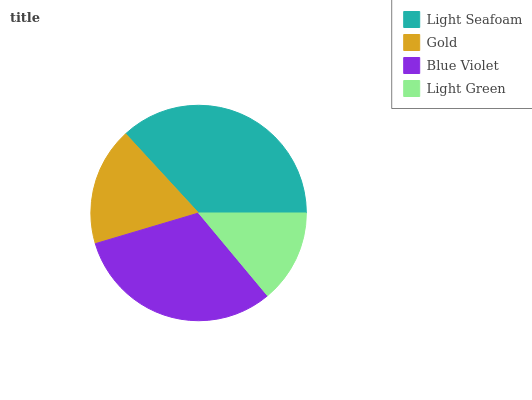
| Light Seafoam | Gold | Blue Violet | Light Green |
 | --- | --- | --- | --- |
 | 36.9% | 17.7% | 31.5% | 13.9% |